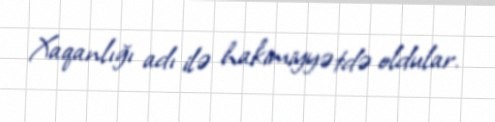
Xaqanlığı adı ilə hakimiyyətdə oldular.